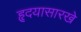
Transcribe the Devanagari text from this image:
हृदयासारखे